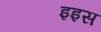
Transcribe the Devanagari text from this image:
इइस